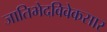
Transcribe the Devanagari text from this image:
जातिभेदविवेकसार